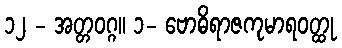
၁၂ - အတ္တဝဂ္ဂ။ ၁- ဗောဓိရာဇကုမာရဝတ္ထု